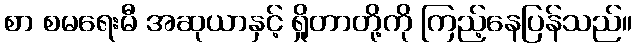
စာ စမရေးမီ အဆုယာနှင့် ရှိုတာတို့ကို ကြည့်နေပြန်သည်။